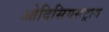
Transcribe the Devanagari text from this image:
ओदिसियसट्राय